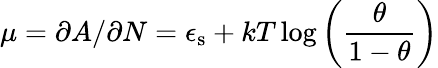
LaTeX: \mu=\partial A/\partial N=\epsilon_{\mathrm{s}}+kT\log\left(\frac{\theta}{1-\theta}\right)